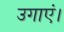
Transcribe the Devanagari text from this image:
उगाएं।